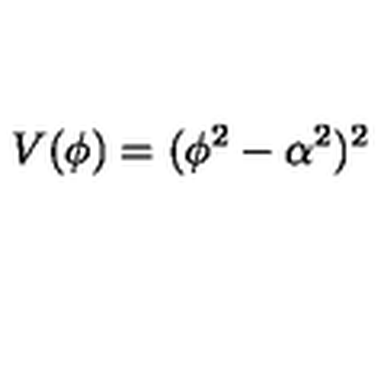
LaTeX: V ( \phi ) = ( \phi ^ { 2 } - \alpha ^ { 2 } ) ^ { 2 }